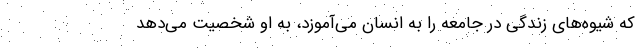
که شیوه‌های زندگی در جامعه را به انسان می‌آموزد، به او شخصیت می‌دهد